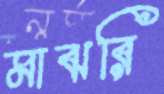
মাঝরি